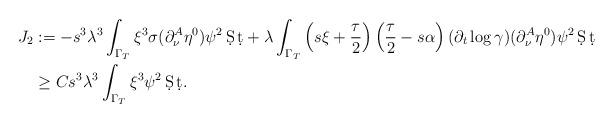
LaTeX: \begin{align*}J_2 &:=-s^3\lambda^3\int_{\Gamma_T} \xi^3 \sigma (\partial_\nu^A \eta^0) \psi^2 \,\d S\,\d t + \lambda \int_{\Gamma_T} \left(s\xi +\frac{\tau}{2}\right) \left(\frac{\tau}{2}-s\alpha\right) (\partial_t \log \gamma) (\partial_\nu^A \eta^0) \psi^2 \,\d S\,\d t \\& \ge Cs^3\lambda^3 \int_{\Gamma_T} \xi^3 \psi^2 \,\d S\,\d t.\end{align*}